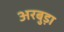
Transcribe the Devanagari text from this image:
अरबुड़ा